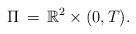
LaTeX: \begin{align*} \Pi\,=\,\mathbb R^2\times (0,T).\end{align*}